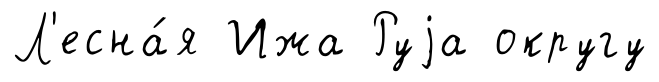
Л'есна́я Ижа Руjа округу